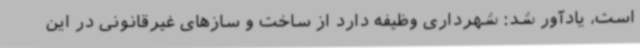
است، یادآور شد: شهرداری وظیفه دارد از ساخت و سازهای غیرقانونی در این